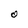
Character: O